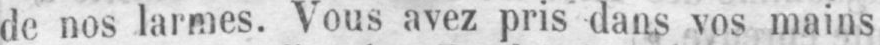
de nos larmes. Vous avez pris dans vos mains